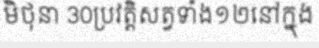
មិថុនា 30ប្រវត្តិសត្វទាំង១២នៅក្នុង